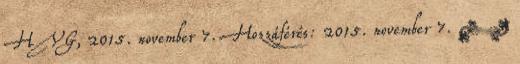
HVG, 2015. november 7. Hozzáférés: 2015. november 7. ↑